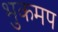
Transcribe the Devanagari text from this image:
भुकमप